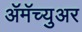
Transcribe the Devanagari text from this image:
ॲमॅच्युअर